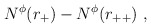
\begin{align*}N^{\phi}(r_{+}) - N^{\phi}(r_{++}) \ ,\end{align*}